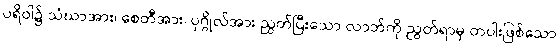
ပရိဝါ၌ သံဃာအား၊ စေတီအား၊ ပုဂ္ဂိုလ်အား ညွတ်ပြီးသော လာဘ်ကို ညွတ်ရာမှ တပါးဖြစ်သော